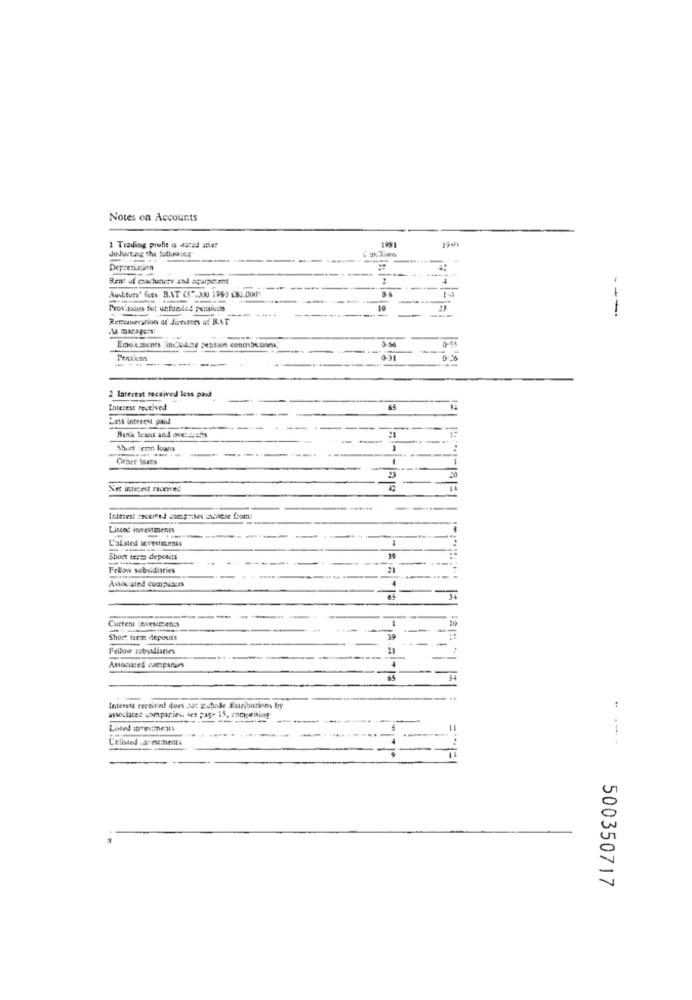
Notes on Accounts
JeJuetung the following
1 Trading profit is dated ater
193
Depresicion
Rent af machunete and aquipe.ent
4
Auditurs" fees B.AT ($",200 (98) 280.000
Provisions for unfunded pensions
10
---
---
Remuneration of directors of BAT
Eneiuments findedice pation conthbcbons;
2 56
Pentium
---
--
2 Interest received less paid
Interest received
14
Lets interest paid
Bank leads and ove: 2:15ts
Shurt eren loans
-
1
Net interest received
Interest received comprises inpaese from:
Listed investments
L'alsted investments
Short terms deposits
Frilow sobildiaries
Associated computers
Current RveMEXen'S
10
Short term deposits
39
Fellow pabudiaries
Associated comparan
-
Interest received does not goshade Siunibutines by
assoclares comparies des page is, comprising
Listed investments
-
-----
C'elisted .areumments
- ---
= "1=1
500350717